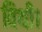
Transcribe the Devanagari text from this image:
विथी।